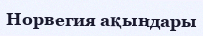
Норвегия ақындары